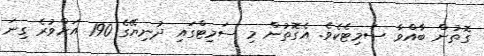
ގޮތުން ބާއްވާ ސަމިޓެކެވެ. އެގޮތުން މި ސަމިޓްގައި ދުނިޔޭގެ 190 އަށްވުރެ ގިނަ